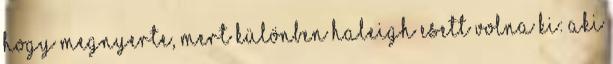
hogy megnyerte, mert különben Haleigh esett volna ki: Aki